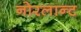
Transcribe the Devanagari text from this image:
नोरलान्ट